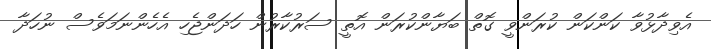
އެވިދާޅުވާ ކަންކަން ކުރަންވީ ގޮތް ބަޔާންކުރަން އޮތީ ސަރުކާރުން ހަދަންޖެހި އެހެންނަމަވެސް ނުހަދާ